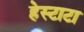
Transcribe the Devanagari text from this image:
हेस्टाटा